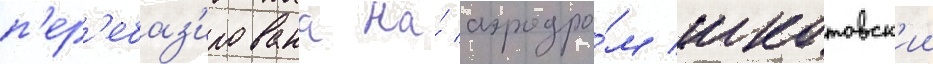
п'ер'ебаз'ирована на́ аэродро́м шкотовск'ии